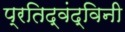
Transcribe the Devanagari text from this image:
प्रतिद्वंद्विनी